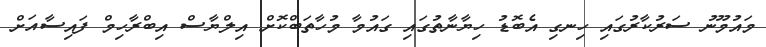
މައުމޫނު ސަރުކާރުގައި ހިނގި އެބޮޑު ހިޔާނާތުގައި ގައުމާ މުހާތަބްކޮށް އިލްޔާސް އިބްރާހިމް ފައިސާއަށް